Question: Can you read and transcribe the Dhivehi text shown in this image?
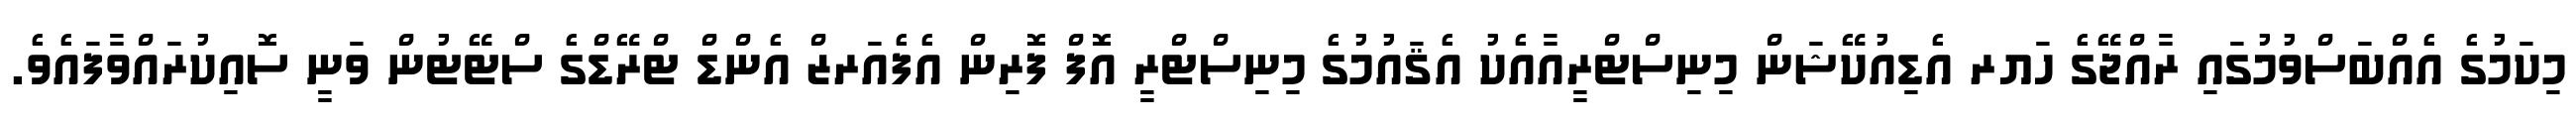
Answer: މިކަމުގެ އެއްބަސްވުމުގައި ރާއްޖޭގެ ހަޔރ އެޑިއުކޭޝަން މިނިސްޓްރީއާއެކު އެޤައުމުގެ މިނިސްޓްރީ އޮފް ފޮރިން އެފެއަރޒް އެންޑް ޓްރޭޑްގެ ސްޓޭޓުން ވަނީ ސޮއިކުރައްވާފައެވެ.